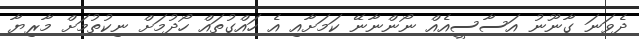
ދެވަނަ ގާނޫނު އަސާސީއެއް ނޯންނާނޭ ކަމަށާއި އެ ހައްގުތައް ހޯދުމަށް ނިކުތުމަށް މާރިޔާ